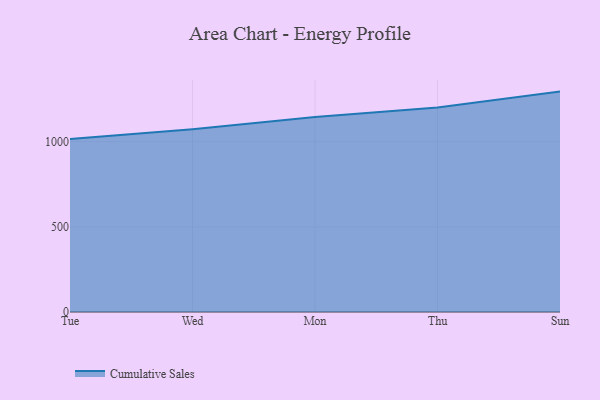
{"axis": {"x": "Day", "y": "Shipments"}, "legend": ["Cumulative Sales"], "data": [{"x": "Tue", "y": 1015.5, "type": "Cumulative Sales"}, {"x": "Wed", "y": 1072.7, "type": "Cumulative Sales"}, {"x": "Mon", "y": 1145.3, "type": "Cumulative Sales"}, {"x": "Thu", "y": 1201.7, "type": "Cumulative Sales"}, {"x": "Sun", "y": 1294.5, "type": "Cumulative Sales"}]}